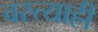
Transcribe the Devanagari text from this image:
वस्त्याही